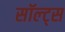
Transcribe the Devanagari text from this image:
सॉल्ट्स